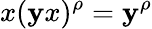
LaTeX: x(\mathbf{y}x)^{\rho}=\mathbf{y}^{\rho}